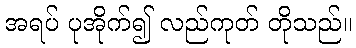
အရပ် ပုအိုက်၍ လည်ကုတ် တိုသည်။